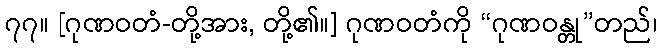
၇၇။ [ဂုဏဝတံ-တို့အား, တို့၏။] ဂုဏဝတံကို “ဂုဏဝန္တု”တည်၊